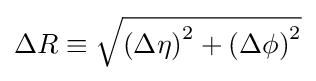
{\textstyle \Delta R\equiv {\sqrt {\left(\Delta \eta \right)^{2}+\left(\Delta \phi \right)^{2}}}}